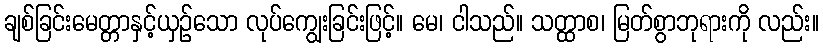
ချစ်ခြင်းမေတ္တာနှင့်ယှဉ်သော လုပ်ကျွေးခြင်းဖြင့်။ မေ၊ ငါသည်။ သတ္ထာစ၊ မြတ်စွာဘုရားကို လည်း။